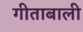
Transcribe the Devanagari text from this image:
गीताबाली